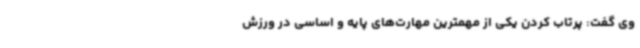
وی گفت: پرتاب کردن یکی از مهمترین مهارت‌های پایه و اساسی در ورزش